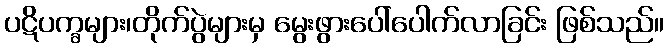
ပဋိပက္ခများ၊တိုက်ပွဲများမှ မွေးဖွားပေါ်ပေါက်လာခြင်း ဖြစ်သည်။